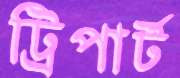
ট্রিপার্ট